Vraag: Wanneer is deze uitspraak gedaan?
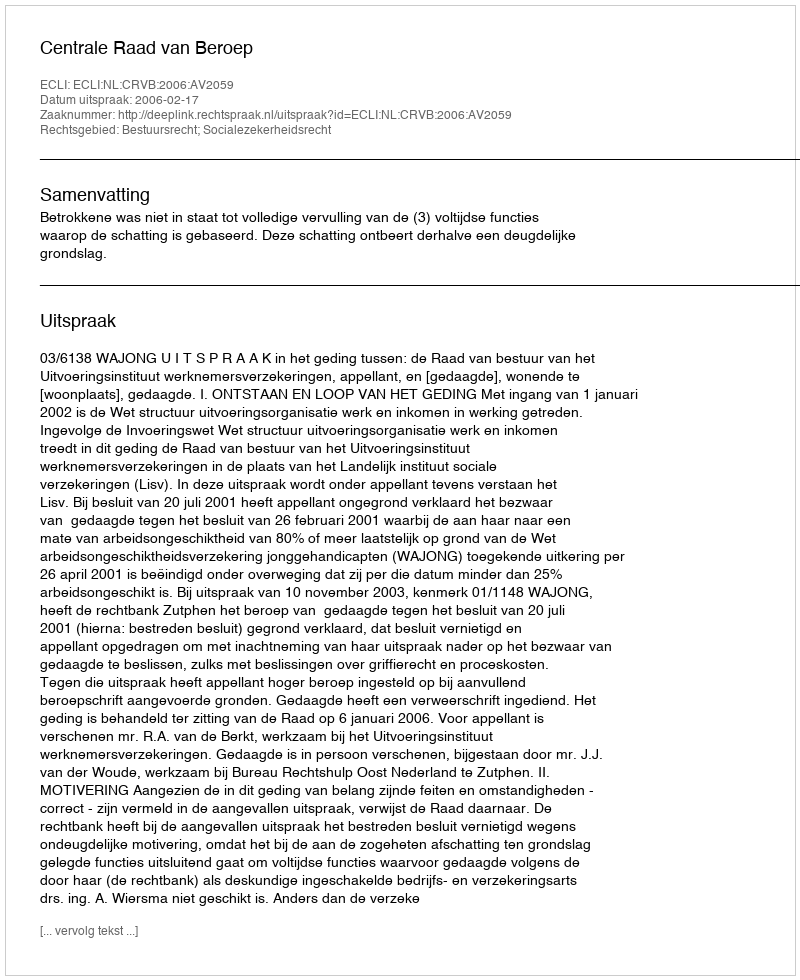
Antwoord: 2006-02-17